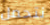
نتحمل